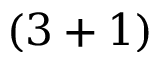
( 3 + 1 )